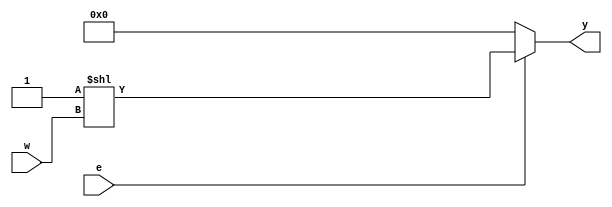
module decoder (
    w,
    e,
    
    y
);

    //-----------------------
    // Parameters
    //-----------------------
    parameter   N = 2;
    localparam  M = 2**N;
    
    //-----------------------
    // Input Ports
    //-----------------------
    input   [N-1:0] w;  // The inputs
    input           e;  // Enable
    
    //-----------------------
    // Output Ports
    //-----------------------
    output  reg [M-1:0] y;  // The outputs
    
    always @ ( w, e ) begin
        if ( e ) begin
            y = 1'b1 << w; // Shift a '1' into position
        end
        else begin
            y = 0;
        end
    end
endmodule